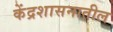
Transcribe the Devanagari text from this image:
केंद्रशासनातील